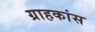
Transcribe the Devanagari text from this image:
ग्राहकांस